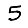
Digit: 5